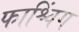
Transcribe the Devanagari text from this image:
फाश्चिंग